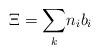
LaTeX: \begin{align*}\Xi={\sum_k}n_i {b}_i\end{align*}